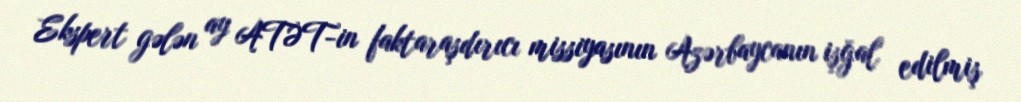
Ekspert gələn ay ATƏT-in faktaraşdırıcı missiyasının Azərbaycanın işğal edilmiş